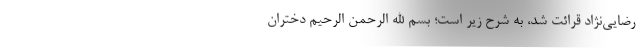
رضایی‌نژاد قرائت شد، به شرح زیر است؛ بسم الله الرحمن الرحیم دختران